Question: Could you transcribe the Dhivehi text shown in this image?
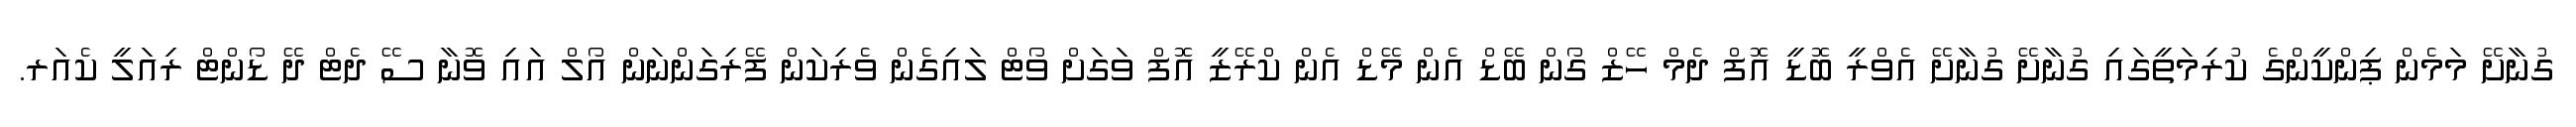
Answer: ގުނާށޭ މަމެން ޕިންކީންގެ ކުރިމަތީގައި ގުނާށޭ ގުނާށޭ އެވްރީ ބޮޑީ އޮފް ދެމް ހޭޒް ގޯން ބޭޑް އެން މޭޑް އެން ކްރޭޒީ އޮފް ވަގަށް ވޯޓް ލައިގެން ވެރިކަން ފޭރިގަންނަން އޯލް އައި ވޮނާ ސޭ ދެޓް ދޭ ޑޯންޓް ރިއަލީ ކެއަރ.